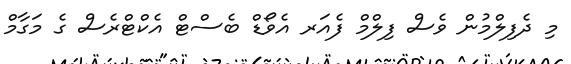
މި ދެފިލްމުން ވެސް ފިލްމް ފެއަރ އެވޯޑް ބެސްޓް އެކްޓްރެސް ގެ މަގާމް